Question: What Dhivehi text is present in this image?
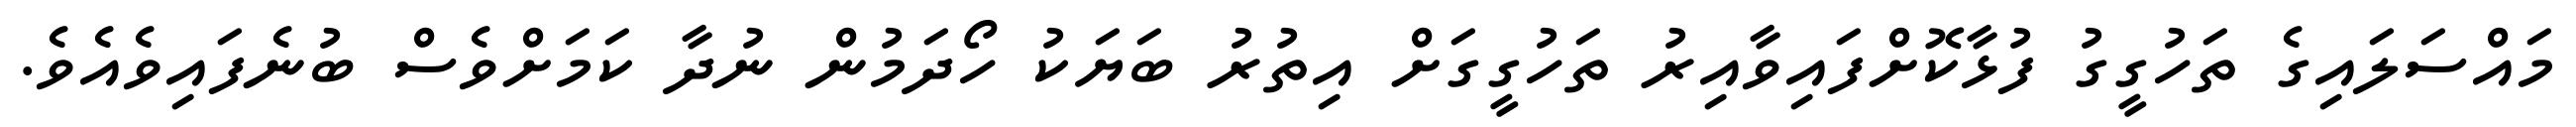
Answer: މައްސަލައިގެ ތަހުގީގު ފުޅާކޮށްފައިވާއިރު ތަހުގީގަށް އިތުރު ބަޔަކު ހޯދަމުން ނުދާ ކަމަށްވެސް ބުނެފައިވެއެވެ.